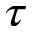
\tau